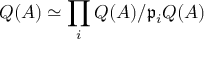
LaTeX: Q ( A ) \simeq \prod _ { i } Q ( A ) / { \mathfrak { p } } _ { i } Q ( A )